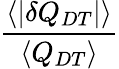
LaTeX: \frac{\langle|\delta Q_{DT}|\rangle}{\langle Q_{DT}\rangle}